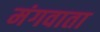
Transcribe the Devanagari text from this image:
मंगवाता